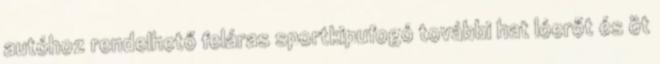
autóhoz rendelhető feláras sportkipufogó további hat lóerőt és öt